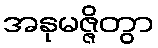
အနုမဇ္ဇိတွာ